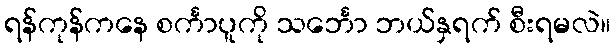
ရန်ကုန်ကနေ စင်္ကာပူကို သင်္ဘော ဘယ်နှရက် စီးရမလဲ။